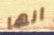
انها